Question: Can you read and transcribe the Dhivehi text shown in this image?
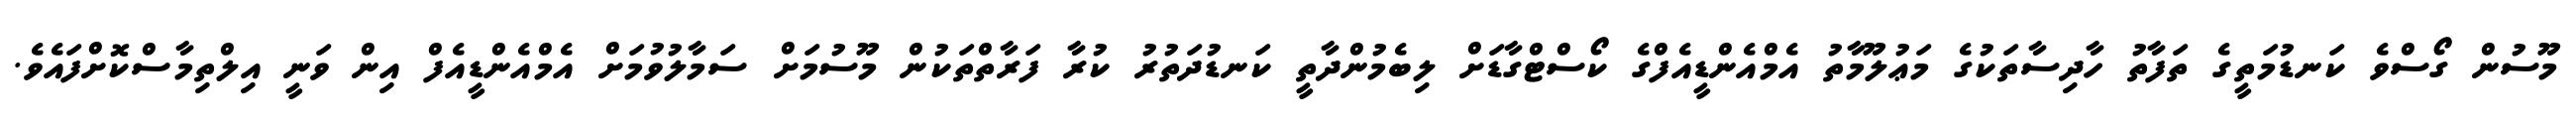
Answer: މޫސުން ގޯސްވެ ކަނޑުމަތީގެ ތަފާތު ހާދިސާތަކުގެ މަޢުލޫމާތު އެމްއެންޑީއެފްގެ ކޯސްޓްގާޑަށް ލިބެމުންދާތީ ކަނޑުދަތުރު ކުރާ ފަރާތްތަކުން މޫސުމަށް ސަމާލުވުމަށް އެމްއެންޑީއެފް އިން ވަނީ އިލްތިމާސްކޮށްފައެވެ.